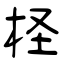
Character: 柽